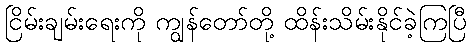
ငြိမ်းချမ်းရေးကို ကျွန်တော်တို့ ထိန်းသိမ်းနိုင်ခဲ့ကြပြီ